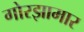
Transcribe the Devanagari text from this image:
गोरझामार